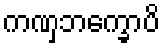
ကဏှဘက္ခောပိ